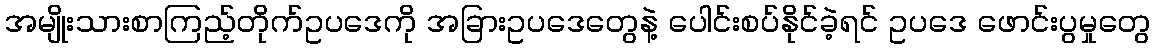
အမျိုးသားစာကြည့်တိုက်ဥပဒေကို အခြားဥပဒေတွေနဲ့ ပေါင်းစပ်နိုင်ခဲ့ရင် ဥပဒေ ဖောင်းပွမှုတွေ